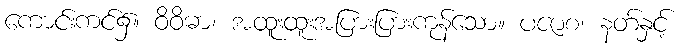
ကောင်းကင်၌။ ဝိဝိဓာ၊ အထူးထူးအပြားပြားကုန်သော။ ပဇာစ၊ နတ်နှင့်